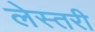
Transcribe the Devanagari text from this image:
लेस्तरी